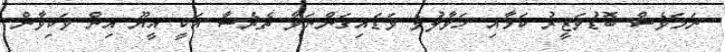
ނަމަވެސް ބޮޑުވަޒީރު ކަމާއި ހަވާލުވެ ވަޑައިގަންނަވާ ތެރެސާ އަކީ އީޔޫ އިން ވަކިވާން